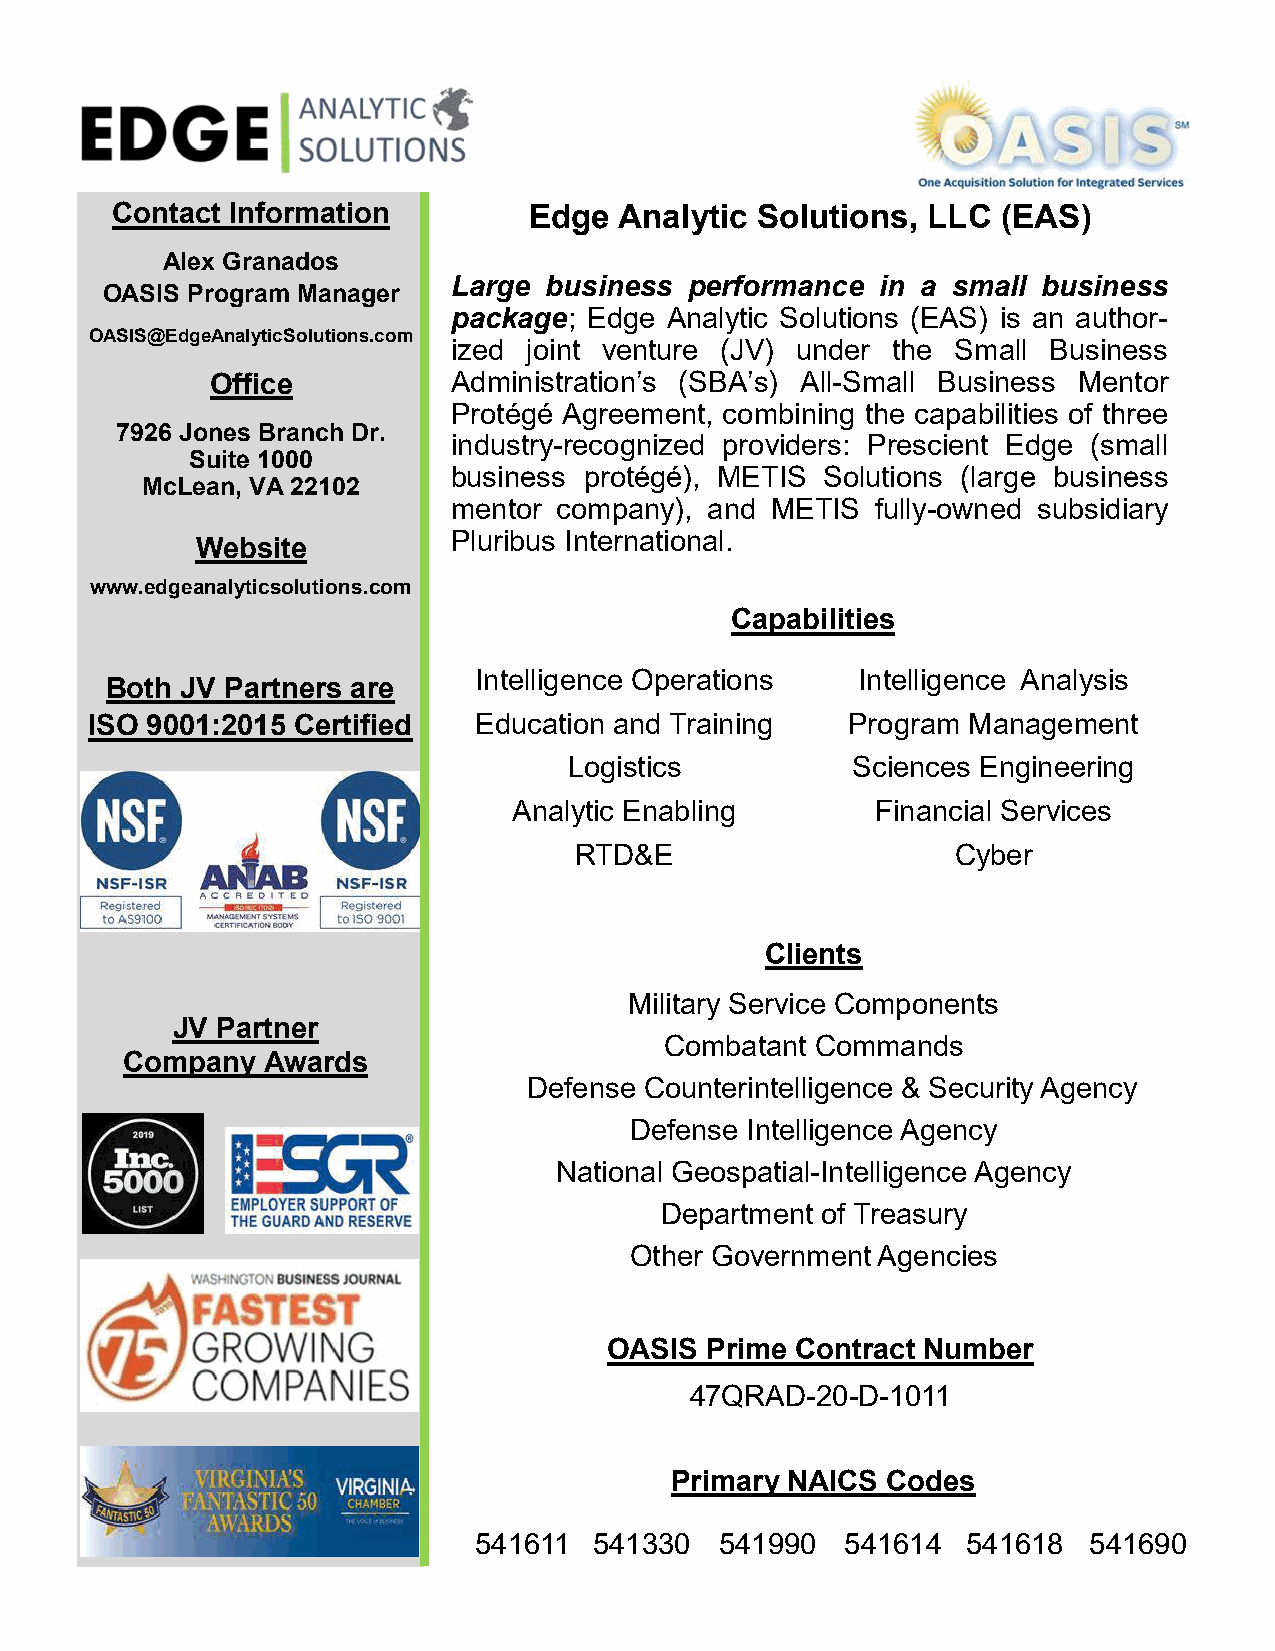
Contact Information         Edge  Analytic Solutions, LLC  (EAS)
 Alex Granados
 Large business  performance in a small business
 OASIS Program Manager
 package; Edge Analytic Solutions (EAS) is an author-
 OASIS@EdgeAnalyticSolutions.com
 ized joint venture (JV) under the Small Business
 Office          Administration’s (SBA’s) All-Small Business Mentor
 Protégé Agreement, combining the capabilities of three
 7926 Jones Branch Dr.
 industry-recognized providers: Prescient Edge (small
 Suite 1000
 business protégé), METIS Solutions (large business
 McLean, VA 22102
 mentor company), and METIS  fully-owned subsidiary
 Pluribus International.
 Website
 www.edgeanalyticsolutions.com
 Capabilities
 Intelligence Operations   Intelligence Analysis
 Both JV Partners are
 ISO 9001:2015 Certified  Education and Training   Program Management
 Logistics         Sciences Engineering
 Analytic Enabling       Financial Services
 RTD&E                    Cyber
 Clients
 Military Service Components
 JV Partner
 Combatant Commands
 Company  Awards
 Defense Counterintelligence & Security Agency
 Defense Intelligence Agency
 National Geospatial-Intelligence Agency
 Department of Treasury
 Other Government Agencies
 OASIS  Prime Contract Number
 47QRAD-20-D-1011
 Primary NAICS  Codes
 541611  541330   541990  541614  541618  541690